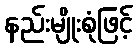
နည်းမျိုးစုံဖြင့်